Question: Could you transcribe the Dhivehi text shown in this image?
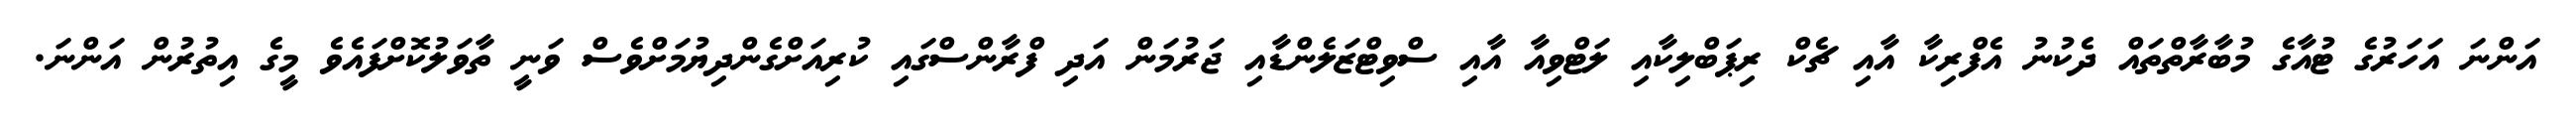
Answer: އަންނަ އަހަރުގެ ޓުއާގެ މުބާރާތްތައް ދެކުނު އެފްރިކާ އާއި ޗެކް ރިޕަބްލިކާއި ލަޓްވިއާ އާއި ސްވިޓްޒަލެންޑާއި ޖަރުމަން އަދި ފްރާންސްގައި ކުރިއަށްގެންދިޔުމަށްވެސް ވަނީ ތާވަލުކޮށްފައެވެ މީގެ އިތުރުން އަންނަ.